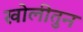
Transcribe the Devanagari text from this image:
खोलीतुन